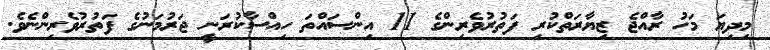
މިދިޔަ މަހު ރާއްޖެ ޒިޔާރަތްކުރި ފަތުރުވެރިންގެ 11 އިންސައްތަ ހިއްސާކުރަނީ ޖަރުމަނުގެ ފަތުރުވެރިންނެވެ.